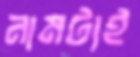
নামটাই